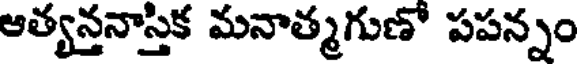
ఆత్యన్తనాస్తిక మనాత్మగుణో పపన్నం